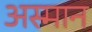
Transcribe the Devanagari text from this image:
अस्मान